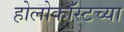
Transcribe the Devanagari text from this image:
होलोकॉस्टच्या